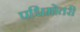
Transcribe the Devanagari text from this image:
पश्चिमोतरी